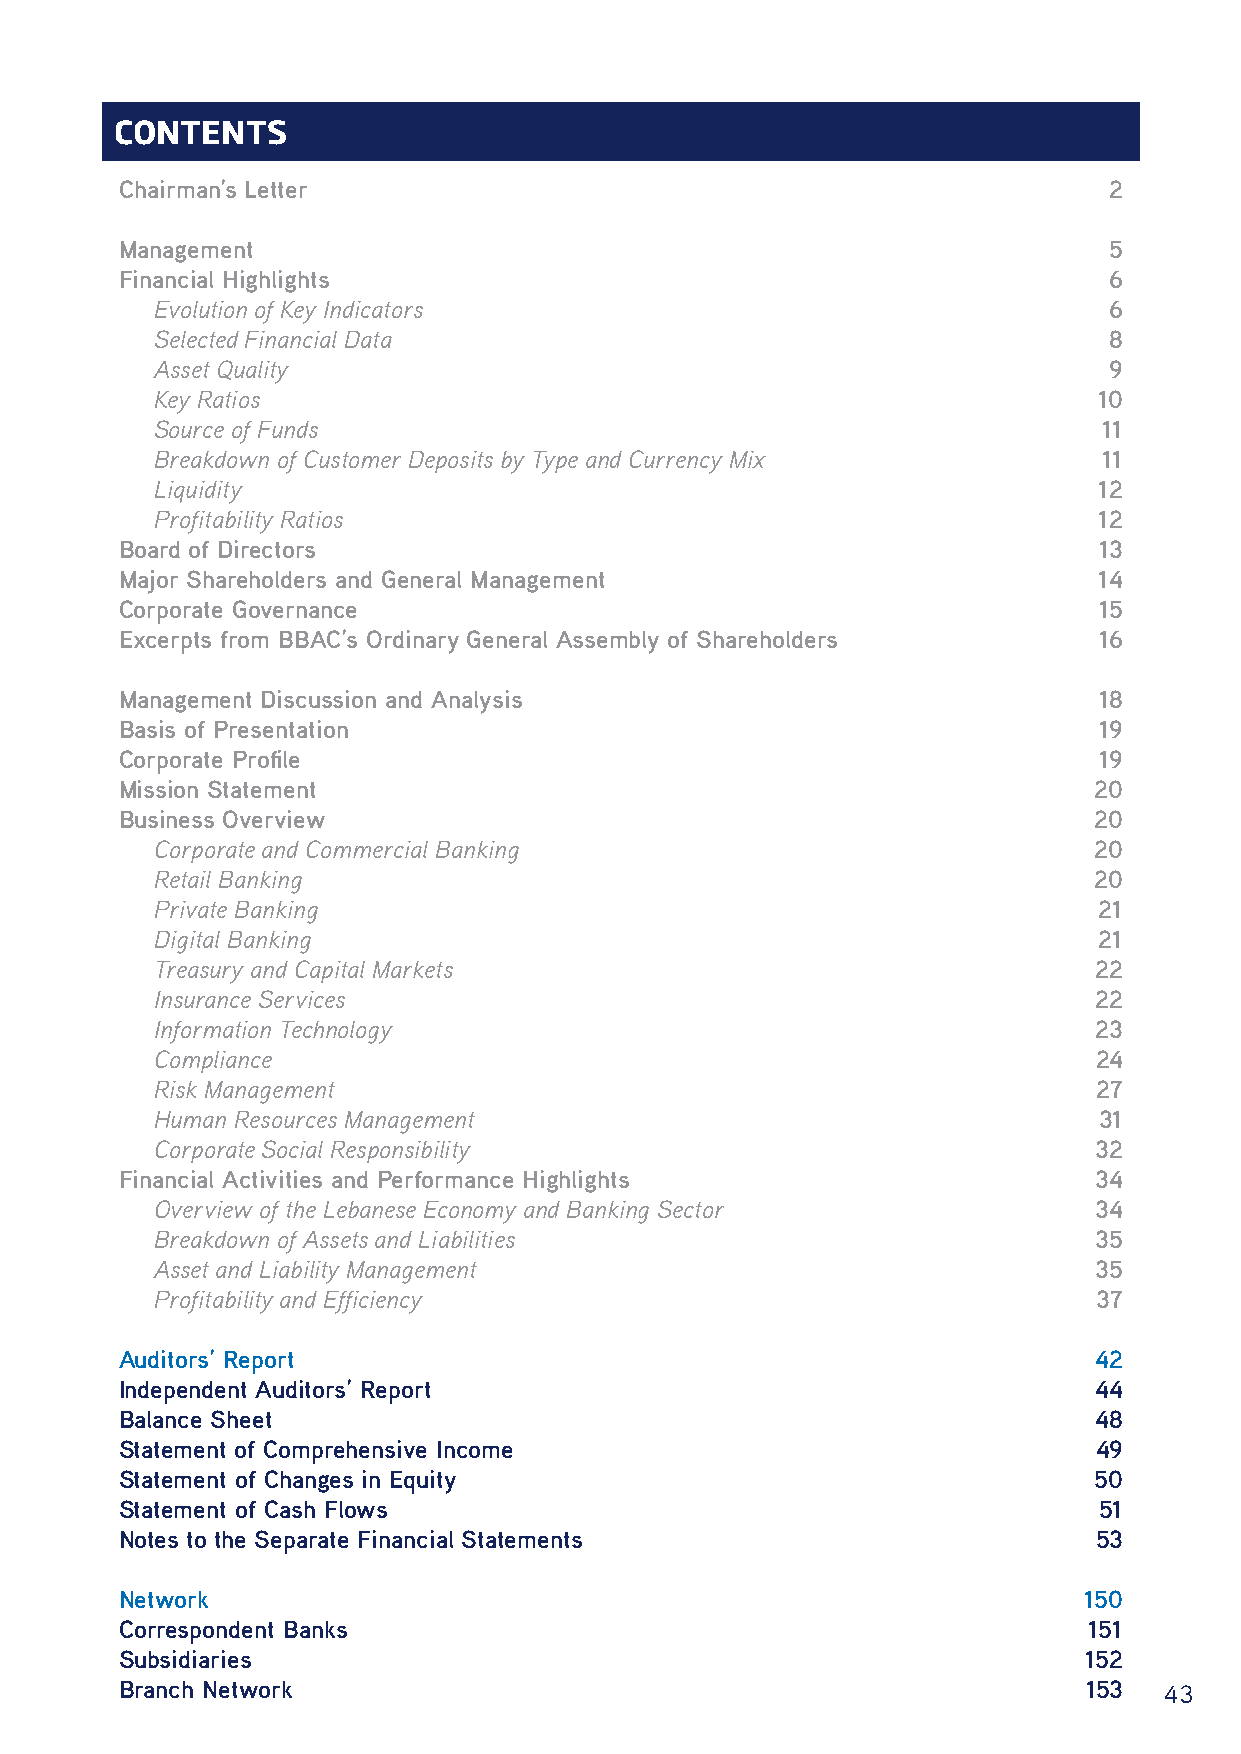
CONTENTS
 Chairman’s Letter                                                2
 Management                                                       5
 Financial Highlights                                             6
 Evolution of Key Indicators                                    6
 Selected Financial Data                                        8
 Asset Quality                                                  9
 Key Ratios                                                     10
 Source of Funds                                                11
 Breakdown of Customer Deposits by Type and Currency Mix        11
 Liquidity                                                      12
 Profitability Ratios                                           12
 Board of Directors                                               13
 Major Shareholders and General Management                        14
 Corporate Governance                                             15
 Excerpts from BBAC’s Ordinary General Assembly of Shareholders   16
 Management Discussion and Analysis                               18
 Basis of Presentation                                            19
 Corporate Profile                                                19
 Mission Statement                                               20
 Business Overview                                               20
 Corporate and Commercial Banking                              20
 Retail Banking                                                20
 Private Banking                                                21
 Digital Banking                                                21
 Treasury and Capital Markets                                  22
 Insurance Services                                            22
 Information Technology                                        23
 Compliance                                                     24
 Risk Management                                                27
 Human Resources Management                                     31
 Corporate Social Responsibility                               32
 Financial Activities and Performance Highlights                 34
 Overview of the Lebanese Economy and Banking Sector           34
 Breakdown of Assets and Liabilities                           35
 Asset and Liability Management                                35
 Profitability and Efficiency                                   37
 Auditors’ Report                                                42
 Independent Auditors’ Report                                    44
 Balance Sheet                                                   48
 Statement of Comprehensive Income                               49
 Statement of Changes in Equity                                  50
 Statement of Cash Flows                                          51
 Notes to the Separate Financial Statements                       53
 Network                                                         150
 Correspondent Banks                                             151
 Subsidiaries                                                    152
 Branch Network                                                  153  43